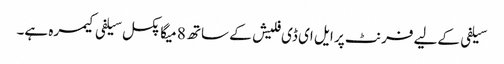
سیلفی کےلیے فرنٹ پر ایل ای ڈی فلیش کے ساتھ 8 میگا پکسل سیلفی کیمرہ ہے۔